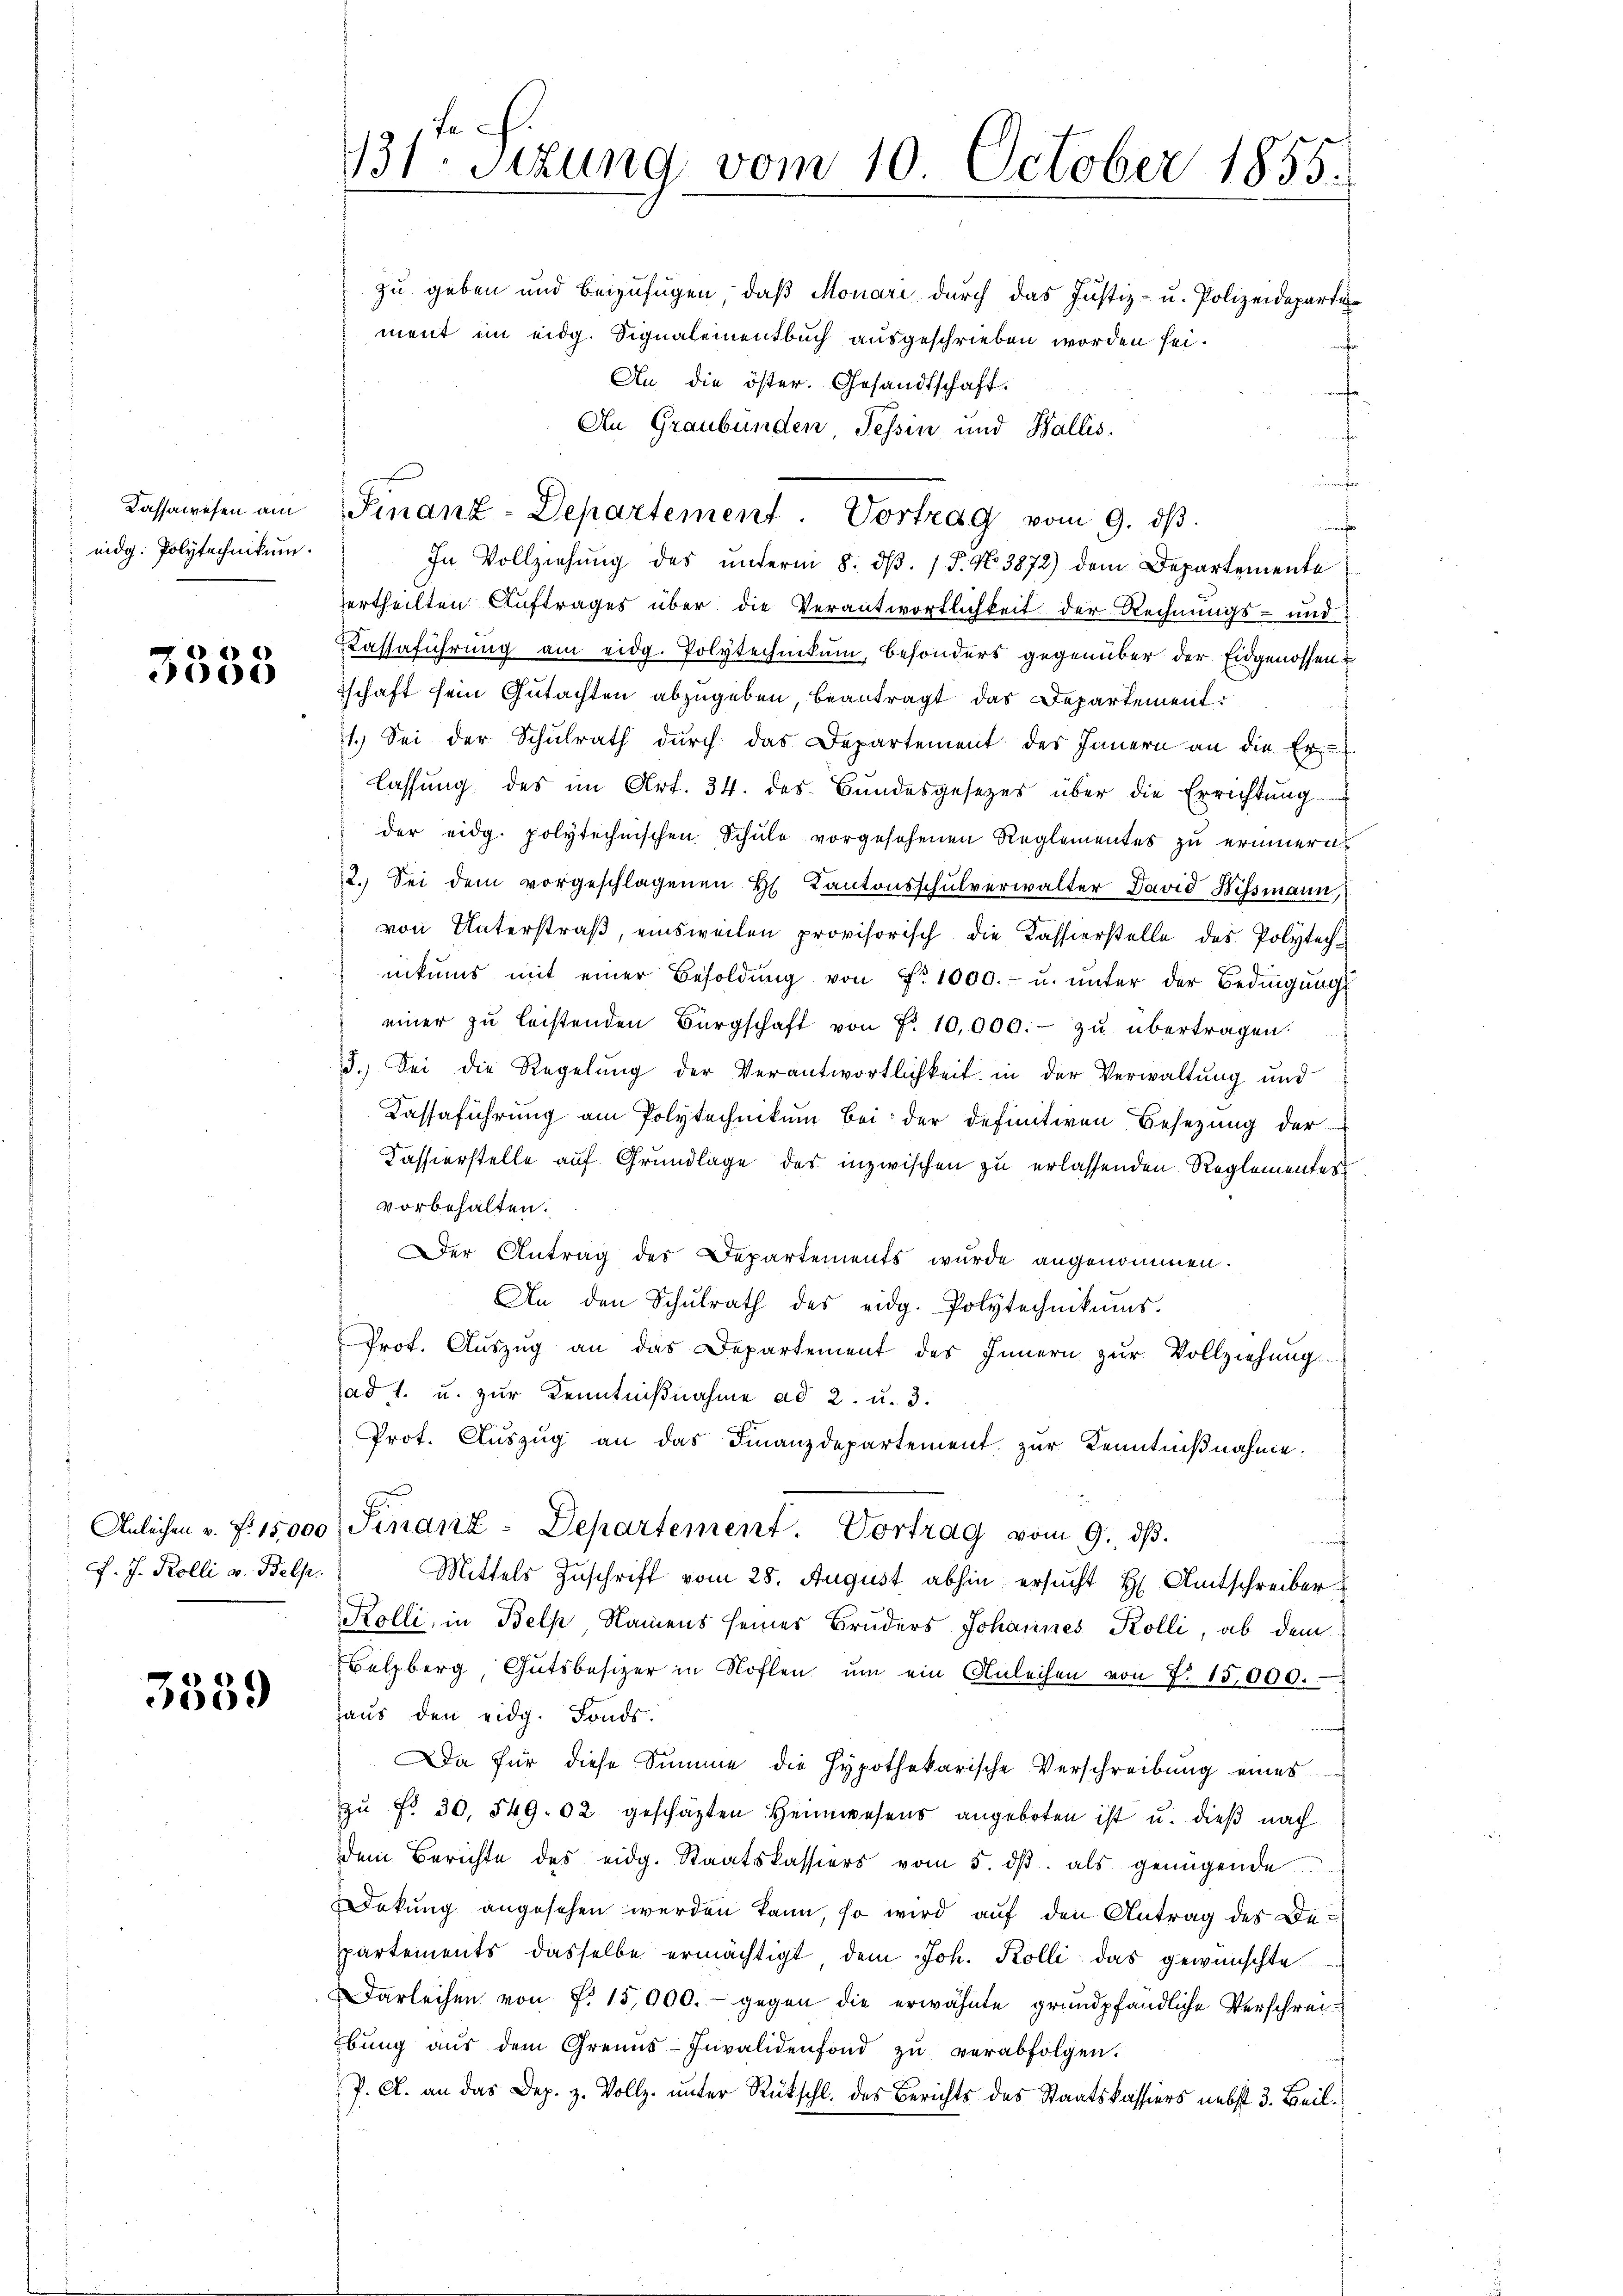
Kassawesen am
eidg. Polytechnikum.

)
00

f. J. Kolli v. Bels.

3559

zu geben und beizufügen, daβ Monari durch das Justiz- u. Polizeideparte
ment im eidg. Signalementbuch ausgeschrieben worden sei.
An die öster. Gesandtschaft.
An Graubünden Tessin und Wallis.
nf
Finanz-Departement. Vortrag vom 9. dβ.
würfe
In Vollziehung des unterm 8. dβ. / P. No. 3872) dem Departemente
ertheilten Auftrages über die Verantwortlichkeit der Rechnungs- und
Kassaführung am eidg. Polytechnikum, besonders gegenüber der Eidgenossen?
schaft sein Gutachten abzugeben, beantragt das Departement
1.) Sei der Schŭlrath dŭrch das Departement des Innern an die Er
lassung des im Art. 34. des Bundesgesezes über die Errichtung
der eidg. polytechnischen Schule vorgesehenen Reglementes zu erinnern.
2.) Sei dem vorgeschlagenen H. Kantonsschulverwalter David Hissmann,
von Unterstraß, einsweilen provisorisch die Kassierstelle des Polytechnikums mit einer Besoldŭng von Nr. 1000.- u. ŭnter der Bedingŭngs
einer zŭ leistenden Bürgschaft von No. 10,000.- zŭ übertragen.
3.) Sei die Regelung der Verantwortlichkeit in der Verwaltung und
Kassaführung am Polytechnikum bei der definitiven Besetzung der
Kassierstelle auf Grundlage des inzwischen zu erlassenden Reglementes
vorbehalten.
Der Antrag des Departements wurde angenommen.
An den Schŭlrath des eidg. Polytechnikums.
Prot. Aŭszŭg an das Departement des Innern zŭr Vollziehŭng
ad 1. u. zur Kenntnißnahme ad 2. u. 3.
Prot. Aŭszŭg an das Finanzdepartement zŭr Kenntniβnahme.
Anleihen u. f. 15,000 Finanz-Departement. Vortrag vom 9. dβ.
Mittels Zuschrift vom 28. August abhin ersucht H. Amtschreiber
Kolli, in Belp, Namens seines Bruders Johannes Kolli, ab dem
Belzberg Gütsbesizer in Koflen ŭm ein Anleihen von P. 15,000.
Haus den eidg. Fonds.
a für diese Summe die Hypothekarische Verschreibung eines
zŭ Fr. 30. 549. 02 geschäzten Heimwesens angeboten ist u. dieβ nach
ddem Berichte des eidg. Staatskassiers vom 5. dβ. als genügende
Dekung angesehen werden kann, so wird auf den Antrag des Departements dasselbe ermächtigt dem Joh. Kolli das gewünschte
Darleihen von P. 15,000.- gegen die erwähnte grundpfändliche Verschreibŭng aŭs dem Grenns-Invalidenfond zŭ verabfolgen.
P. A. an das Dep. z. Vollz. unter Rückschl. des Berichts des Staatskassiers nebst 3. Beil

131. Sitzung vom 10. October 1855.